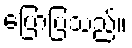
ပြောပြသည်။